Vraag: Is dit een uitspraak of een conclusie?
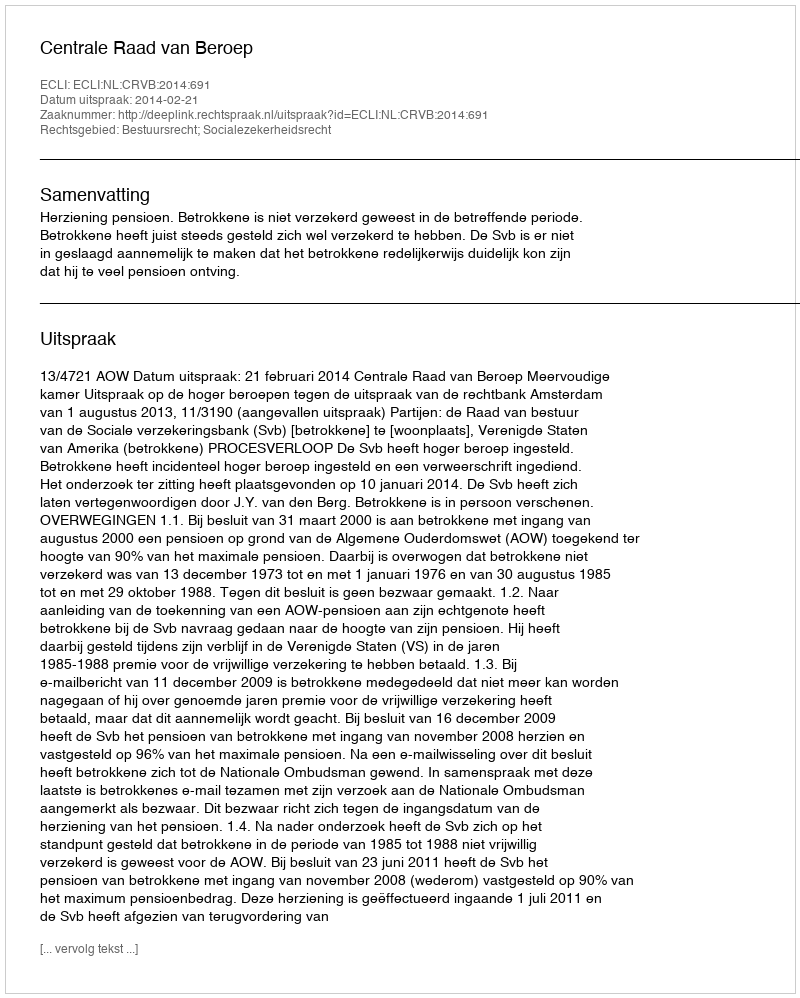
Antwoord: Uitspraak